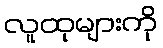
လူထုများကို